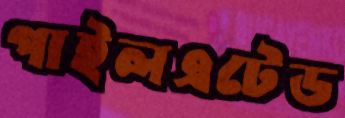
পাইলএটেড